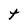
Character: t